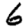
Digit: 6